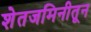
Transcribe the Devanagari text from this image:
शेतजमिनीतून